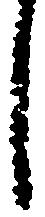
し